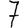
Digit: 7